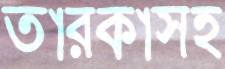
তারকাসহ